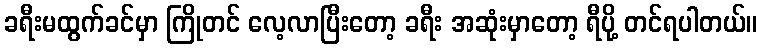
ခရီးမထွက်ခင်မှာ ကြိုတင် လေ့လာပြီးတော့ ခရီး အဆုံးမှာတော့ ရီပို့ တင်ရပါတယ်။